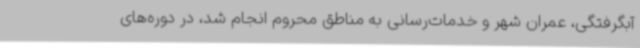
آبگرفتگی، عمران شهر و خدمات‌رسانی به مناطق محروم انجام شد، در دوره‌های